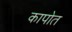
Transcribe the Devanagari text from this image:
कापोत